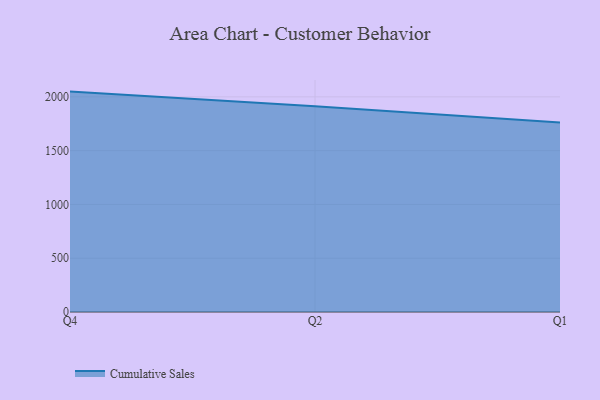
{"axis": {"x": "Quarter", "y": "Market Share (%)"}, "legend": ["Cumulative Sales"], "data": [{"x": "Q4", "y": 2048.9, "type": "Cumulative Sales"}, {"x": "Q2", "y": 1913.0, "type": "Cumulative Sales"}, {"x": "Q1", "y": 1760.9, "type": "Cumulative Sales"}]}